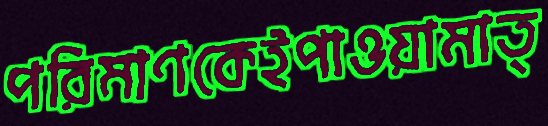
পরিমাণকেইপাওয়ামাত্